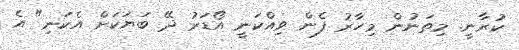
ކުރާނީ. މިތަނުން މިހާރު ފެން ވިއްކަނީ އޯޑަރު ދޭ ބަޔަކަށް އެކަނި" އެ